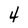
Character: 4